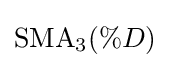
\mathrm {SMA} _{3}(\%D)